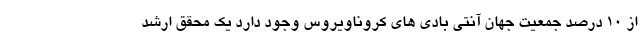
از ۱۰ درصد جمعیت جهان آنتی بادی های کروناویروس وجود دارد یک محقق ارشد